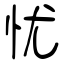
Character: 忧